Indian journal of veterinary science and animal husbandry - Volumes 22-23, 1952-1953
Year: 1952
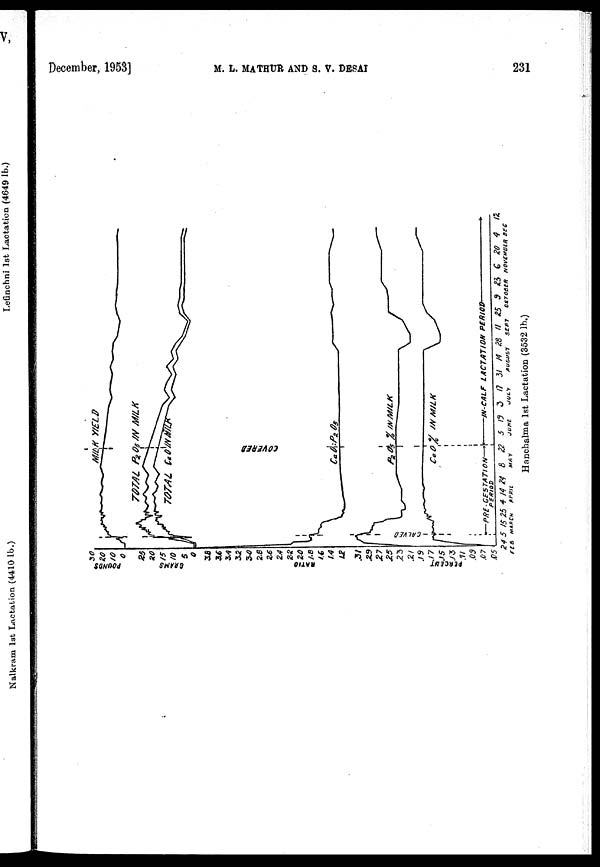
December, 1953]
M.
L.
MATHUR
AND
S.
V.
DESAI
231
Hanchalma 1st Lactation (3532 lb.)